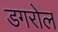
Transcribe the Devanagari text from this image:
डगरोल